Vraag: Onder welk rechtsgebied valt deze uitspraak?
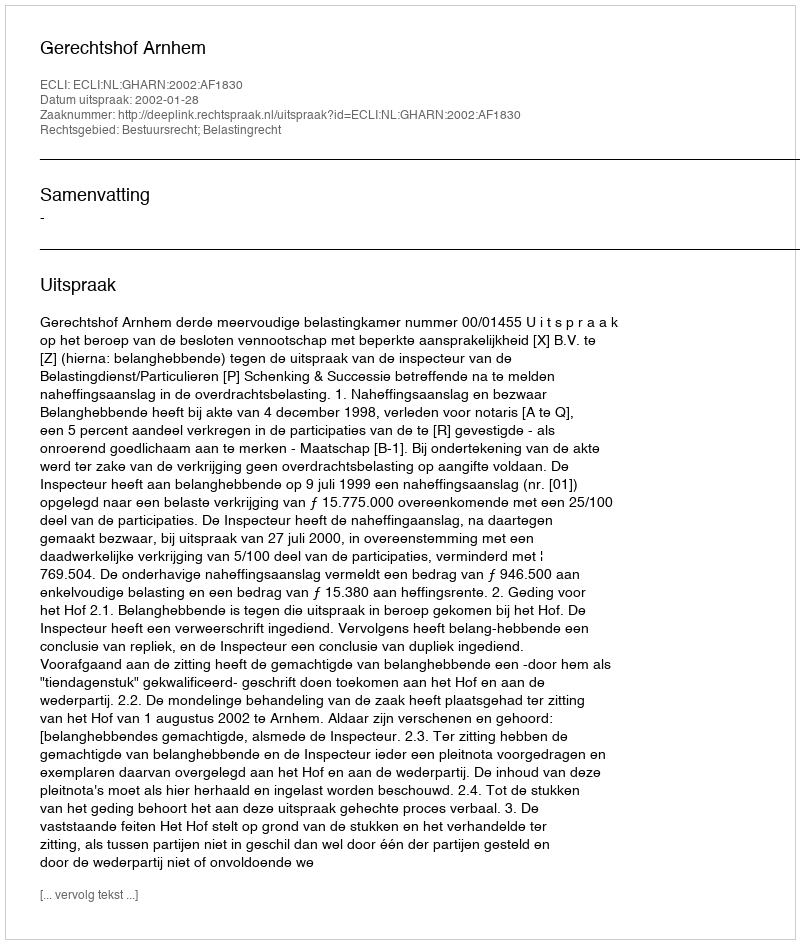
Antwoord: Bestuursrecht; Belastingrecht